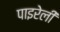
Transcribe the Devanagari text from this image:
पाइरेली